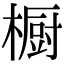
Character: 橱